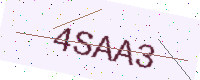
Text: 4SAA3